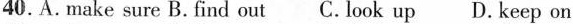
40.A.Make sure B. Find out C. Look up D. Keep on